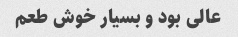
عالی بود و بسیار خوش طعم